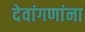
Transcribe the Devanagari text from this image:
देवांगणांना